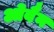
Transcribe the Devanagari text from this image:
ओवैन